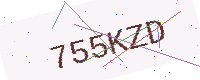
Text: 755KZD